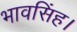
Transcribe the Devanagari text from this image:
भावसिंह।